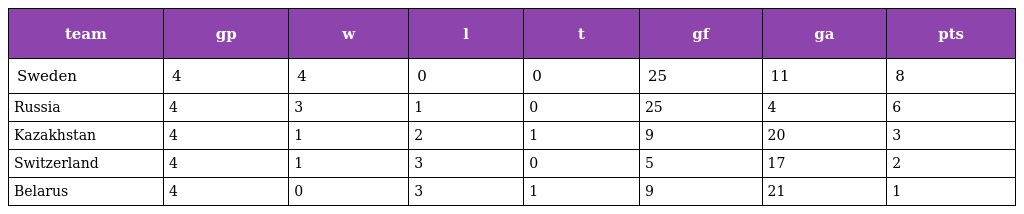
| team | gp | w | l | t | gf | ga | pts |
 | --- | --- | --- | --- | --- | --- | --- | --- |
 | Sweden | 4 | 4 | 0 | 0 | 25 | 11 | 8 |
 | Russia | 4 | 3 | 1 | 0 | 25 | 4 | 6 |
 | Kazakhstan | 4 | 1 | 2 | 1 | 9 | 20 | 3 |
 | Switzerland | 4 | 1 | 3 | 0 | 5 | 17 | 2 |
 | Belarus | 4 | 0 | 3 | 1 | 9 | 21 | 1 |